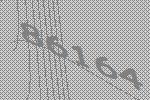
86164